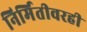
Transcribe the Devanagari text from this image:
निर्मितीवरही